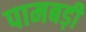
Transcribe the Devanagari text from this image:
पामबड़ी